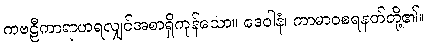
ကဗဠီကာရာဟရလျှင်အစာရှိကုန်သော။ ဒေဝါနံ၊ ကာမာဝစရနတ်တို့၏။